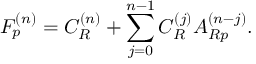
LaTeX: F _ { p } ^ { ( n ) } = C _ { R } ^ { ( n ) } + \sum _ { j = 0 } ^ { n - 1 } C _ { R } ^ { ( j ) } A _ { R p } ^ { ( n - j ) } .